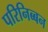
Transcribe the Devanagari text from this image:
परिनिब्बन